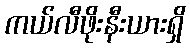
ကယ်လီဖိုးနီးယားရှိ